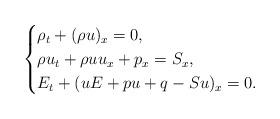
LaTeX: \begin{align*}\begin{cases} \rho_t+(\rho u)_x=0,\\\rho u_t+\rho u u_x+p_x=S_x,\\E_t+(u E+pu+q-Su)_x=0.\end{cases}\end{align*}